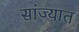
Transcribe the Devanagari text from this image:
सांज्यात